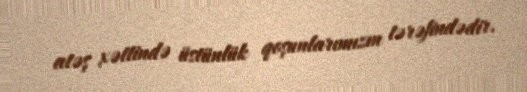
atəş xəttində üstünlük qoşunlarımızın tərəfindədir.